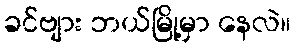
ခင်ဗျား ဘယ်မြို့မှာ နေလဲ။